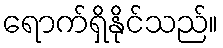
ရောက်ရှိနိုင်သည်။